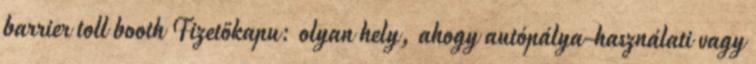
barrier toll booth Fizetőkapu: olyan hely, ahogy autópálya-használati vagy